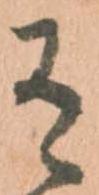
不